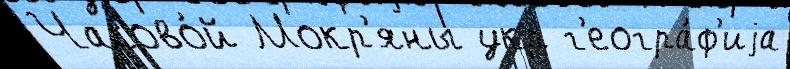
Часово́й Мокр'яны укр г'еогра́ф'иjа